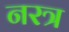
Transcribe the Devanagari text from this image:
नरत्र